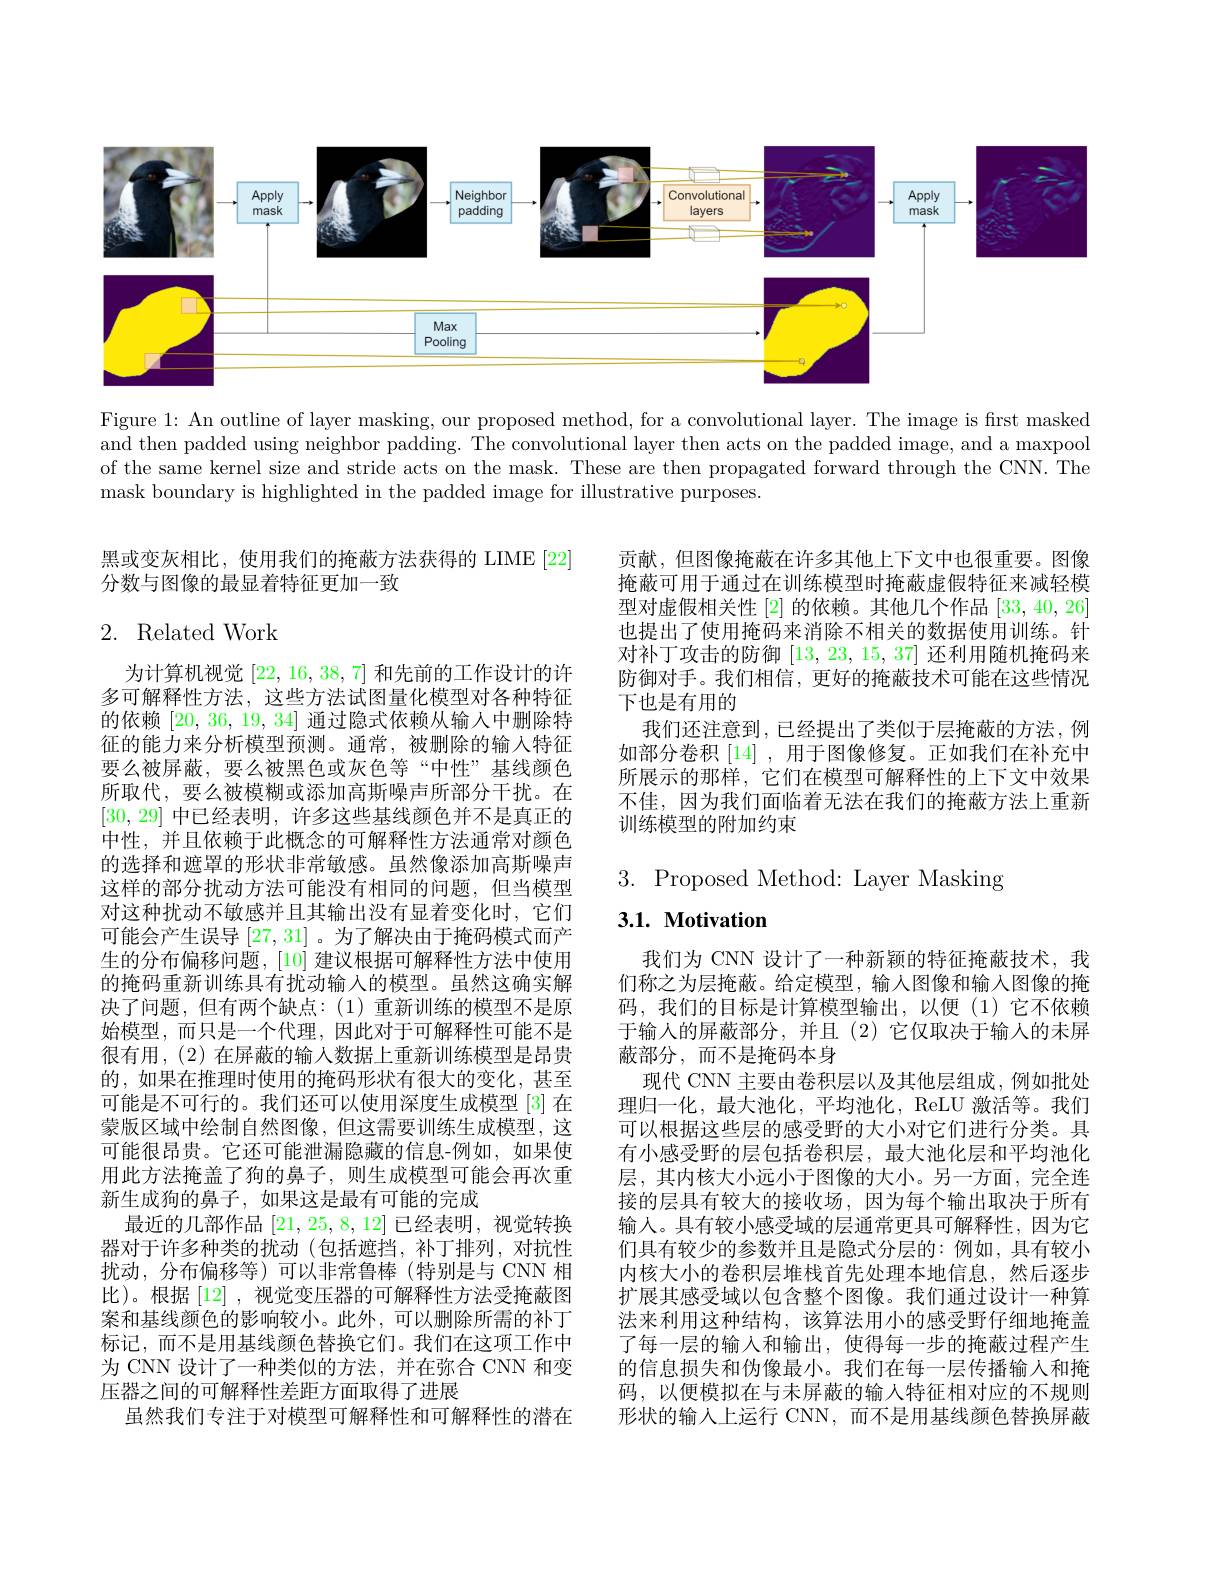
<FigureHere>

Figure 1: An outline of layer masking, our proposed method, for a convolutional layer. The image is first masked and then padded using neighbor padding. The convolutional layer then acts on the padded image, and a maxpool of the same kernel size and stride acts on the mask. These are then propagated forward through the CNN. The mask boundary is highlighted in the padded image for illustrative purposes.

黑或变灰相比，使用我们的掩蔽方法获得的 LIME [22]
分数与图像的最显着特征更加一致

## 2. Related Work

为计算机视觉[22,16,38,7]和先前的工作设计的许多可解释性方法，这些方法试图量化模型对各种特征的依赖[20,36,19,34]通过隐式依赖从输入中删除特征的能力来分析模型预测。通常，被删除的输入特征要么被屏蔽，要么被黑色或灰色等“中性”基线颜色所取代，要么被模糊或添加高斯噪声所部分干扰。在[30,29]中已经表明，许多这些基线颜色并不是真正的中性，并且依赖于此概念的可解释性方法通常对颜色的选择和遮罩的形状非常敏感。虽然像添加高斯噪声这样的部分扰动方法可能没有相同的问题，但当模型对这种扰动不敏感并且其输出没有显着变化时，它们可能会产生误导[27,31]。为了解决由于掩码模式而产生的分布偏移问题，[10]建议根据可解释性方法中使用的掩码重新训练具有扰动输入的模型。虽然这确实解决了问题，但有两个缺点：(1)重新训练的模型不是原始模型，而只是一个代理，因此对于可解释性可能不是很有用，(2) 在屏蔽的输入数据上重新训练模型是昂贵的，如果在推理时使用的掩码形状有很大的变化，甚至可能是不可行的。我们还可以使用深度生成模型[3]在蒙版区域中绘制自然图像，但这需要训练生成模型，这可能很昂贵。它还可能泄漏隐藏的信息-例如，如果使用此方法掩盖了狗的鼻子，则生成模型可能会再次重新生成狗的鼻子，如果这是最有可能的完成
最近的几部作品[21,25,8,12]已经表明，视觉转换器对于许多种类的扰动(包括遮挡，补丁排列，对抗性扰动，分布偏移等)可以非常鲁棒(特别是与 CNN 相比)。根据[12] ,视觉变压器的可解释性方法受掩蔽图案和基线颜色的影响较小。此外，可以删除所需的补丁标记，而不是用基线颜色替换它们。我们在这项工作中为 CNN 设计了一种类似的方法，并在弥合 CNN 和变压器之间的可解释性差距方面取得了进展
虽然我们专注于对模型可解释性和可解释性的潜在

贡献，但图像掩蔽在许多其他上下文中也很重要。图像掩蔽可用于通过在训练模型时掩蔽虚假特征来减轻模型对虚假相关性 [2] 的依赖。其他几个作品[33,40,26] 也提出了使用掩码来消除不相关的数据使用训练。针对补丁攻击的防御[13,23,15,37]还利用随机掩码来防御对手。我们相信，更好的掩蔽技术可能在这些情况下也是有用的
我们还注意到，已经提出了类似于层掩蔽的方法，例如部分卷积[14] ,用于图像修复。正如我们在补充中所展示的那样，它们在模型可解释性的上下文中效果不佳，因为我们面临着无法在我们的掩蔽方法上重新训练模型的附加约束

3. Proposed Method: Layer Masking

## $3. 1. \textbf{Motivation}$

我们为 CNN 设计了一种新颖的特征掩蔽技术，我们称之为层掩蔽。给定模型，输入图像和输入图像的掩码，我们的目标是计算模型输出，以便(1)它不依赖于输人的屏蔽部分，并且(2)它仅取决于输入的未屏蔽部分，而不是掩码本身
现代 CNN 主要由卷积层以及其他层组成，例如批处理归一化，最大池化，平均池化，ReLU 激活等。我们可以根据这些层的感受野的大小对它们进行分类。具有小感受野的层包括卷积层，最大池化层和平均池化层，其内核大小远小于图像的大小。另一方面，完全连接的层具有较大的接收场，因为每个输出取决于所有输人。具有较小感受域的层通常更具可解释性，因为它们具有较少的参数并且是隐式分层的：例如，具有较小内核大小的卷积层堆栈首先处理本地信息，然后逐步扩展其感受域以包含整个图像。我们通过设计一种算法来利用这种结构，该算法用小的感受野仔细地掩盖了每一层的输入和输出，使得每一步的掩蔽过程产生的信息损失和伪像最小。我们在每一层传播输人和掩码，以便模拟在与未屏蔽的输入特征相对应的不规则形状的输入上运行 CNN,而不是用基线颜色替换屏蔽